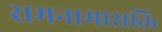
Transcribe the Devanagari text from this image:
रामनामासक्ति